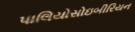
પાલિયોસોઇબીરિયન